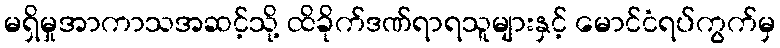
မရှိမှုအာကာသအဆင့်သို့ ထိခိုက်ဒဏ်ရာရသူများနှင့် မောင်ငံရပ်ကွက်မှ